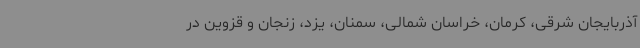
آذربایجان شرقی، کرمان، خراسان شمالی، سمنان، یزد، زنجان و قزوین در